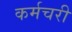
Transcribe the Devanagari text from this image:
कर्मचरी